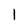
Character: 1